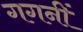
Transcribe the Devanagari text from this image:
गगनीं